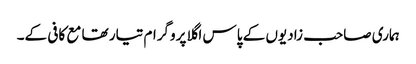
ہماری صاحب زادیوں کے پاس اگلا پروگرام تیار تھا مع کافی کے۔